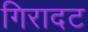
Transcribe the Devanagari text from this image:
गिरादट